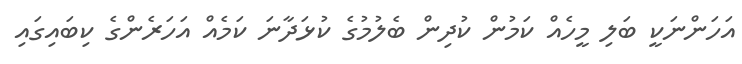
އަހަންނަކީ ބަލި މީހެއް ކަމުން ކުދިން ބެލުމުގެ ކުޅަދާނަ ކަމެއް އަހަރެންގެ ކިބައިގައި